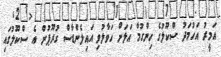
އަމީރު އަހުމަދު ސްކޫލުގެ ހިންގުމާ އަލަށް ހަވާލުވި އައިލެންޑާސް ގުރޫޕުން އެ ސްކޫލުގައި